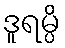
ဒူရမ္ပိ